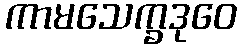
ကာမသေက္ခဒုဝေ